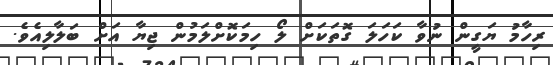
ރިހާމު ޔަގީން ނުވާ ކަހަލަ ގޮތަކަށް ލޯ ހިމަކޮށްލަމުން ޖިޔާ އަށް ބަލާލިއެވެ.